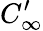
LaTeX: C_{\infty}^{\prime}